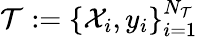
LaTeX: \mathcal{T}:=\left\{ \mathcal{X}_{i},y_{i}\right\} _{i=1}^{N_{\mathcal{T}}}